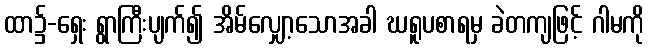
ထာ၌-ရှေး ရွာကြီးပျက်၍ အိမ်လျှော့သောအခါ ဃရူပစာရမှ ခဲတကျဖြင့် ဂါမကို